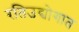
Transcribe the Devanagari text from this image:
रतिउद्योगात